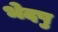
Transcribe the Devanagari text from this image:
भेदषु